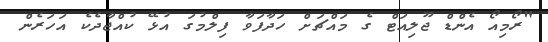
"ރޯމިއޯ އެންޑް ޖޫލިއަޓް ގެ މައްޗަށް ހަދާފަވާ ފިލްމުގަ އުޅޭ ކުއްޖާދެކެ އަހަރެން